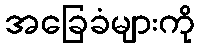
အခြေခံများကို